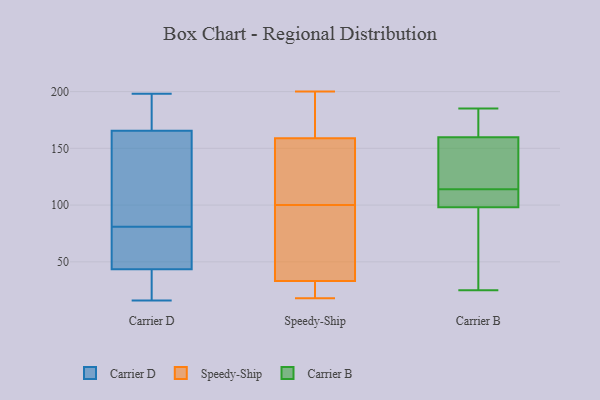
{"axis": {"x": "Headcount", "y": "Value"}, "legend": ["Carrier B", "Carrier D", "Speedy-Ship"], "data": [{"x": "", "y": 60, "type": "Carrier D"}, {"x": "", "y": 134, "type": "Carrier D"}, {"x": "", "y": 190, "type": "Carrier D"}, {"x": "", "y": 185, "type": "Carrier D"}, {"x": "", "y": 198, "type": "Carrier D"}, {"x": "", "y": 168, "type": "Carrier D"}, {"x": "", "y": 159, "type": "Carrier D"}, {"x": "", "y": 29, "type": "Carrier D"}, {"x": "", "y": 48, "type": "Carrier D"}, {"x": "", "y": 185, "type": "Carrier D"}, {"x": "", "y": 16, "type": "Carrier D"}, {"x": "", "y": 47, "type": "Carrier D"}, {"x": "", "y": 102, "type": "Carrier D"}, {"x": "", "y": 125, "type": "Carrier D"}, {"x": "", "y": 43, "type": "Carrier D"}, {"x": "", "y": 23, "type": "Carrier D"}, {"x": "", "y": 49, "type": "Carrier D"}, {"x": "", "y": 163, "type": "Carrier D"}, {"x": "", "y": 44, "type": "Carrier D"}, {"x": "", "y": 19, "type": "Carrier D"}, {"x": "", "y": 22, "type": "Speedy-Ship"}, {"x": "", "y": 193, "type": "Speedy-Ship"}, {"x": "", "y": 200, "type": "Speedy-Ship"}, {"x": "", "y": 55, "type": "Speedy-Ship"}, {"x": "", "y": 158, "type": "Speedy-Ship"}, {"x": "", "y": 159, "type": "Speedy-Ship"}, {"x": "", "y": 127, "type": "Speedy-Ship"}, {"x": "", "y": 31, "type": "Speedy-Ship"}, {"x": "", "y": 95, "type": "Speedy-Ship"}, {"x": "", "y": 181, "type": "Speedy-Ship"}, {"x": "", "y": 18, "type": "Speedy-Ship"}, {"x": "", "y": 42, "type": "Speedy-Ship"}, {"x": "", "y": 33, "type": "Speedy-Ship"}, {"x": "", "y": 105, "type": "Speedy-Ship"}, {"x": "", "y": 162, "type": "Carrier B"}, {"x": "", "y": 159, "type": "Carrier B"}, {"x": "", "y": 102, "type": "Carrier B"}, {"x": "", "y": 111, "type": "Carrier B"}, {"x": "", "y": 185, "type": "Carrier B"}, {"x": "", "y": 155, "type": "Carrier B"}, {"x": "", "y": 142, "type": "Carrier B"}, {"x": "", "y": 114, "type": "Carrier B"}, {"x": "", "y": 62, "type": "Carrier B"}, {"x": "", "y": 112, "type": "Carrier B"}, {"x": "", "y": 86, "type": "Carrier B"}, {"x": "", "y": 25, "type": "Carrier B"}, {"x": "", "y": 183, "type": "Carrier B"}]}